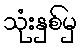
သုံးနှစ်မှ